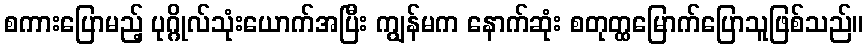
စကားပြောမည့် ပုဂ္ဂိုလ်သုံးယောက်အပြီး ကျွန်မက နောက်ဆုံး စတုတ္ထမြောက်ပြောသူဖြစ်သည်။